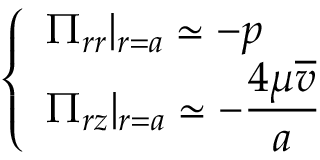
\left\{ \begin{array} { l l } { \displaystyle \Pi _ { r r } | _ { r = a } \simeq - p } \\ { \displaystyle \Pi _ { r z } | _ { r = a } \simeq - \frac { 4 \mu \overline { { v } } } { a } } \end{array} \right.